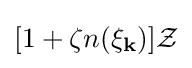
[1+\zeta n(\xi _{\mathbf {k} })]{\mathcal {Z}}